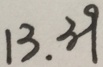
1 3 . 3 9